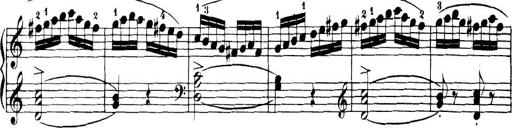
Title: 32 Sonatinas and Rondos for the Piano
Composer: Richard Kleinmichel